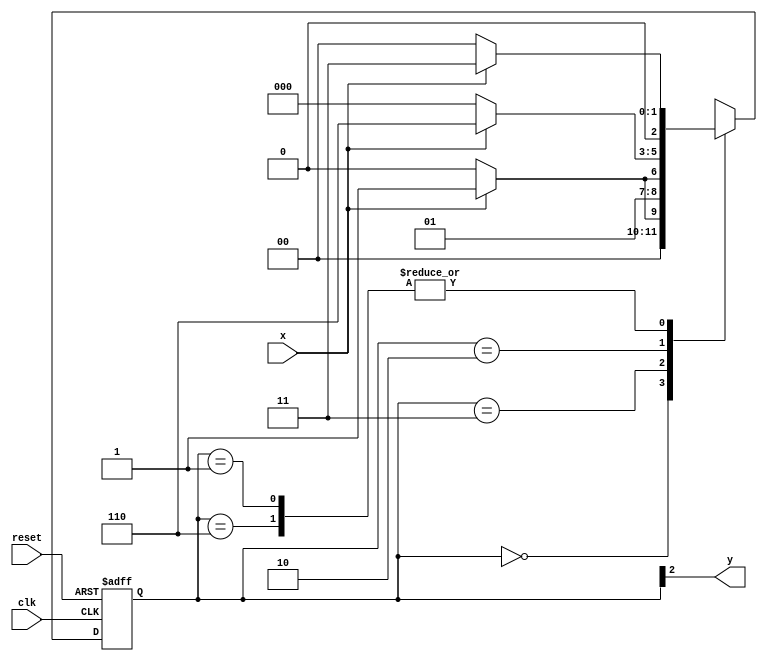
// ------------------------------------
// ------------------------------------
// Nome:Jnatas Sena Ferreira - Matricula : 427424
// Moore1101
// -------------------------------------

// -------------- 
// --- Moore FSM 
// -------------- 

/* 
                                 Moore FSM Diagram 
                           _____________________________ 
                          /                             \ 
         1          1     v     0            1        1 | // found 
[start] ---> [id1] ---> [id11] ---> [id110] ---> [id1101] 
 ^ \0         0 |        1/ ^           0 |       0 | 
 \_/           /         \__/             |         | 
  \___________/                          /          | 
   \                                    /          / 
    \__________________________________/          / 
     \                                           / 
      \_________________________________________/ 

*/
 
// constant definition 
`define found 1 
`define notfound 0 

// FSM by Moore 
module moore1101 ( y, x, clk, reset ); 
output y; 
input x; 
input clk; 
input reset; 

reg y; 

parameter // state identifiers 
start = 3'b000, 
id1 = 3'b001, 
id11 = 3'b011, 
id110 = 3'b010, 

id1101 = 3'b110; // signal found 
reg [2:0] E1; // current state variables 
reg [2:0] E2; // next state logic output 

// next state logic 
always @( x or E1 ) 
begin 
case( E1 ) 
start: 
if ( x ) 
E2 = id1; 
else 
E2 = start; 
id1: 
if ( x ) 
E2 = id11; 
else 
E2 = start; 
id11: 
if ( x ) 
E2 = id11; 
else 
E2 = id110; 
id110: 
if ( x ) 
E2 = id1101; 
else 
E2 = start; 
id1101: 
if ( x ) 
E2 = id11; 
else 
E2 = start; 
default: // undefined statee 
E2 = 3'bxxx; 
endcase 
end // always at signal or state changing 

// state variables 
always @( posedge clk or negedge reset ) 
begin 
if ( reset ) 
E1 = E2; // updates current state 
else 
E1 = 0; // reset 
end // always at signal changing 
// output logic 
always @( E1 ) 
begin 
y = E1[2]; // first bit of state value 
end // always at state changing 

endmodule // moore1101